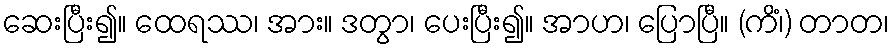
ဆေးပြီး၍။ ထေရဿ၊ အား။ ဒတွာ၊ ပေးပြီး၍။ အာဟ၊ ပြောပြီ။ (ကိံ၊) တာတ၊